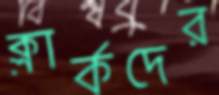
ক্লার্কদের